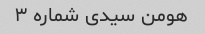
هومن سیدی شماره ۳